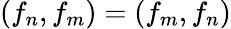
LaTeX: (f_{n},f_{m})=(f_{m},f_{n})